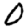
Digit: 0